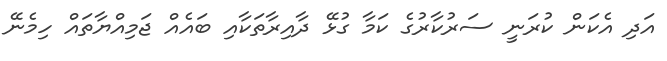
އަދި އެކަން ކުރަނީ ސަރުކާރުގެ ކަމާ ގުޅޭ ދާއިރާތަކާއި ބައެއް ޖަމިއްޔާތައް ހިމެނޭ